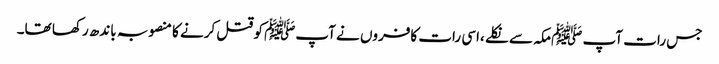
جس رات آپ ﷺمکہ سے نکلے ،اسی رات کافروں نے آپﷺ کو قتل کرنے کا منصوبہ باندھ رکھا تھا۔